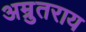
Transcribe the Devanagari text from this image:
अम्रुतराय